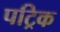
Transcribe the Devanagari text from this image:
पट्रिक